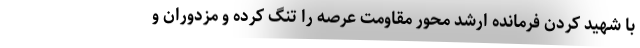
با شهید کردن فرمانده ارشد محور مقاومت عرصه را تنگ کرده و مزدوران و